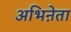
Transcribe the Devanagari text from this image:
अभिऩेता